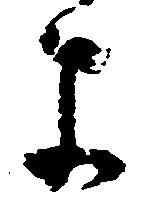
よ